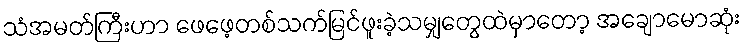
သံအမတ်ကြီးဟာ ဖေဖေ့တစ်သက်မြင်ဖူးခဲ့သမျှတွေထဲမှာတော့ အချောမောဆုံး